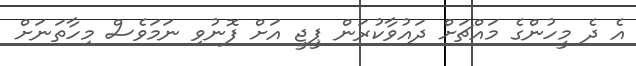
އެ ދެ މީހުންގެ މައްޗަށް ދައުވާކުރަން ޕީޖީ އަށް ފޮނުވި ނަމަވެސް މިހާތަނަށް